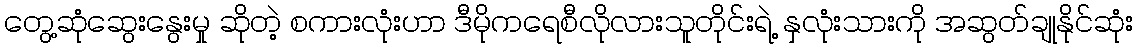
တွေ့ဆုံဆွေးနွေးမှု ဆိုတဲ့ စကားလုံးဟာ ဒီမိုကရေစီလိုလားသူတိုင်းရဲ့ နှလုံးသားကို အဆွတ်ချုနိုင်ဆုံး